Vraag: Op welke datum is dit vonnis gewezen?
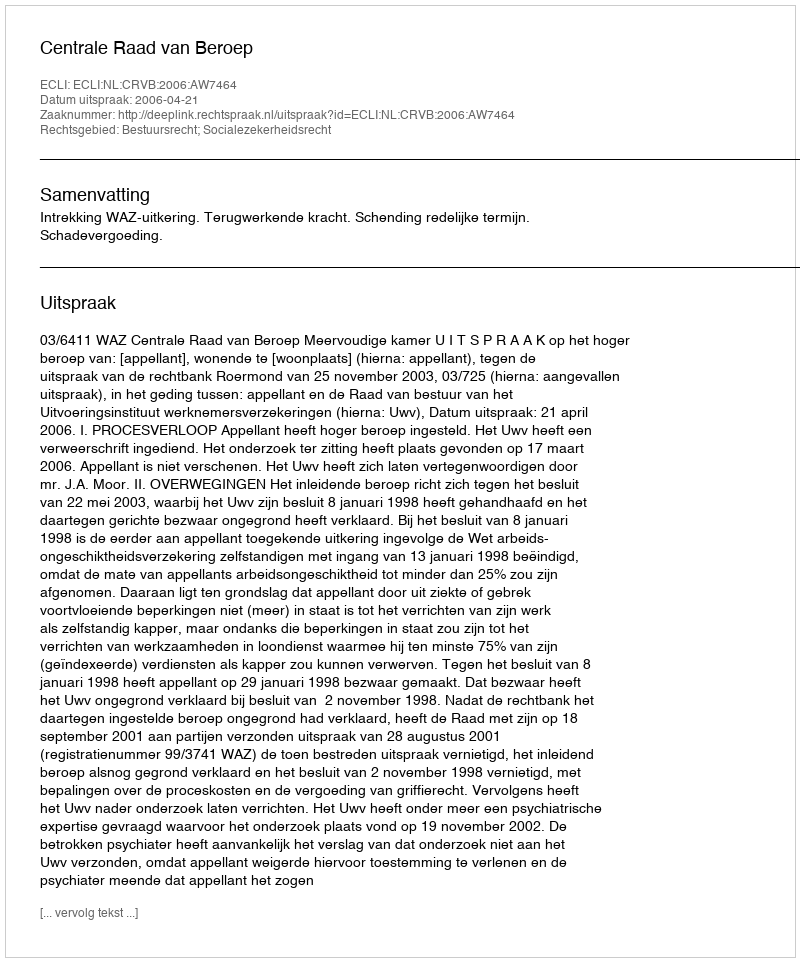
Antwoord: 2006-04-21